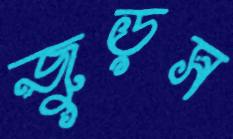
জুড়স